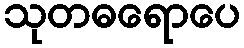
သုတဓရောပေ